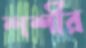
শশীর